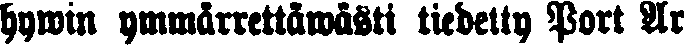
hywin ymmärrettawästi tiedetty Port Ar